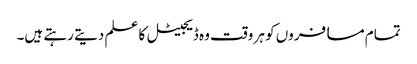
تمام مسافروں کو ہر وقت وہ ڈیجیٹل کا علم دیتے رہتے ہیں۔